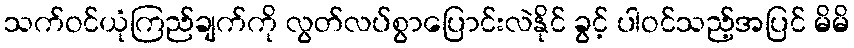
သက်ဝင်ယုံကြည်ချက်ကို လွတ်လပ်စွာပြောင်းလဲနိုင် ခွင့် ပါဝင်သည့်အပြင် မိမိ